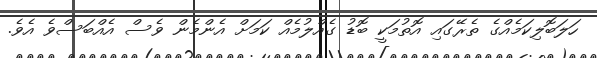
ހަލަބޮލިކަމެއްގެ ތެރޭގައި އޮތުމަކީ ބޮޑު ގެއްލުމެއް ކަމަށް އެންމެން ވެސް އެއްބަސްވެ އެވެ.